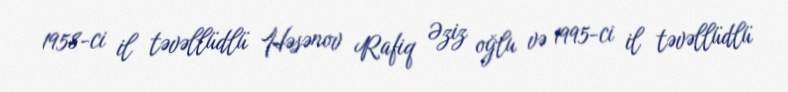
1958-ci il təvəllüdlü Həsənov Rafiq Əziz oğlu və 1995-ci il təvəllüdlü